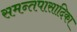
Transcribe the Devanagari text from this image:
समन्तपासादिका